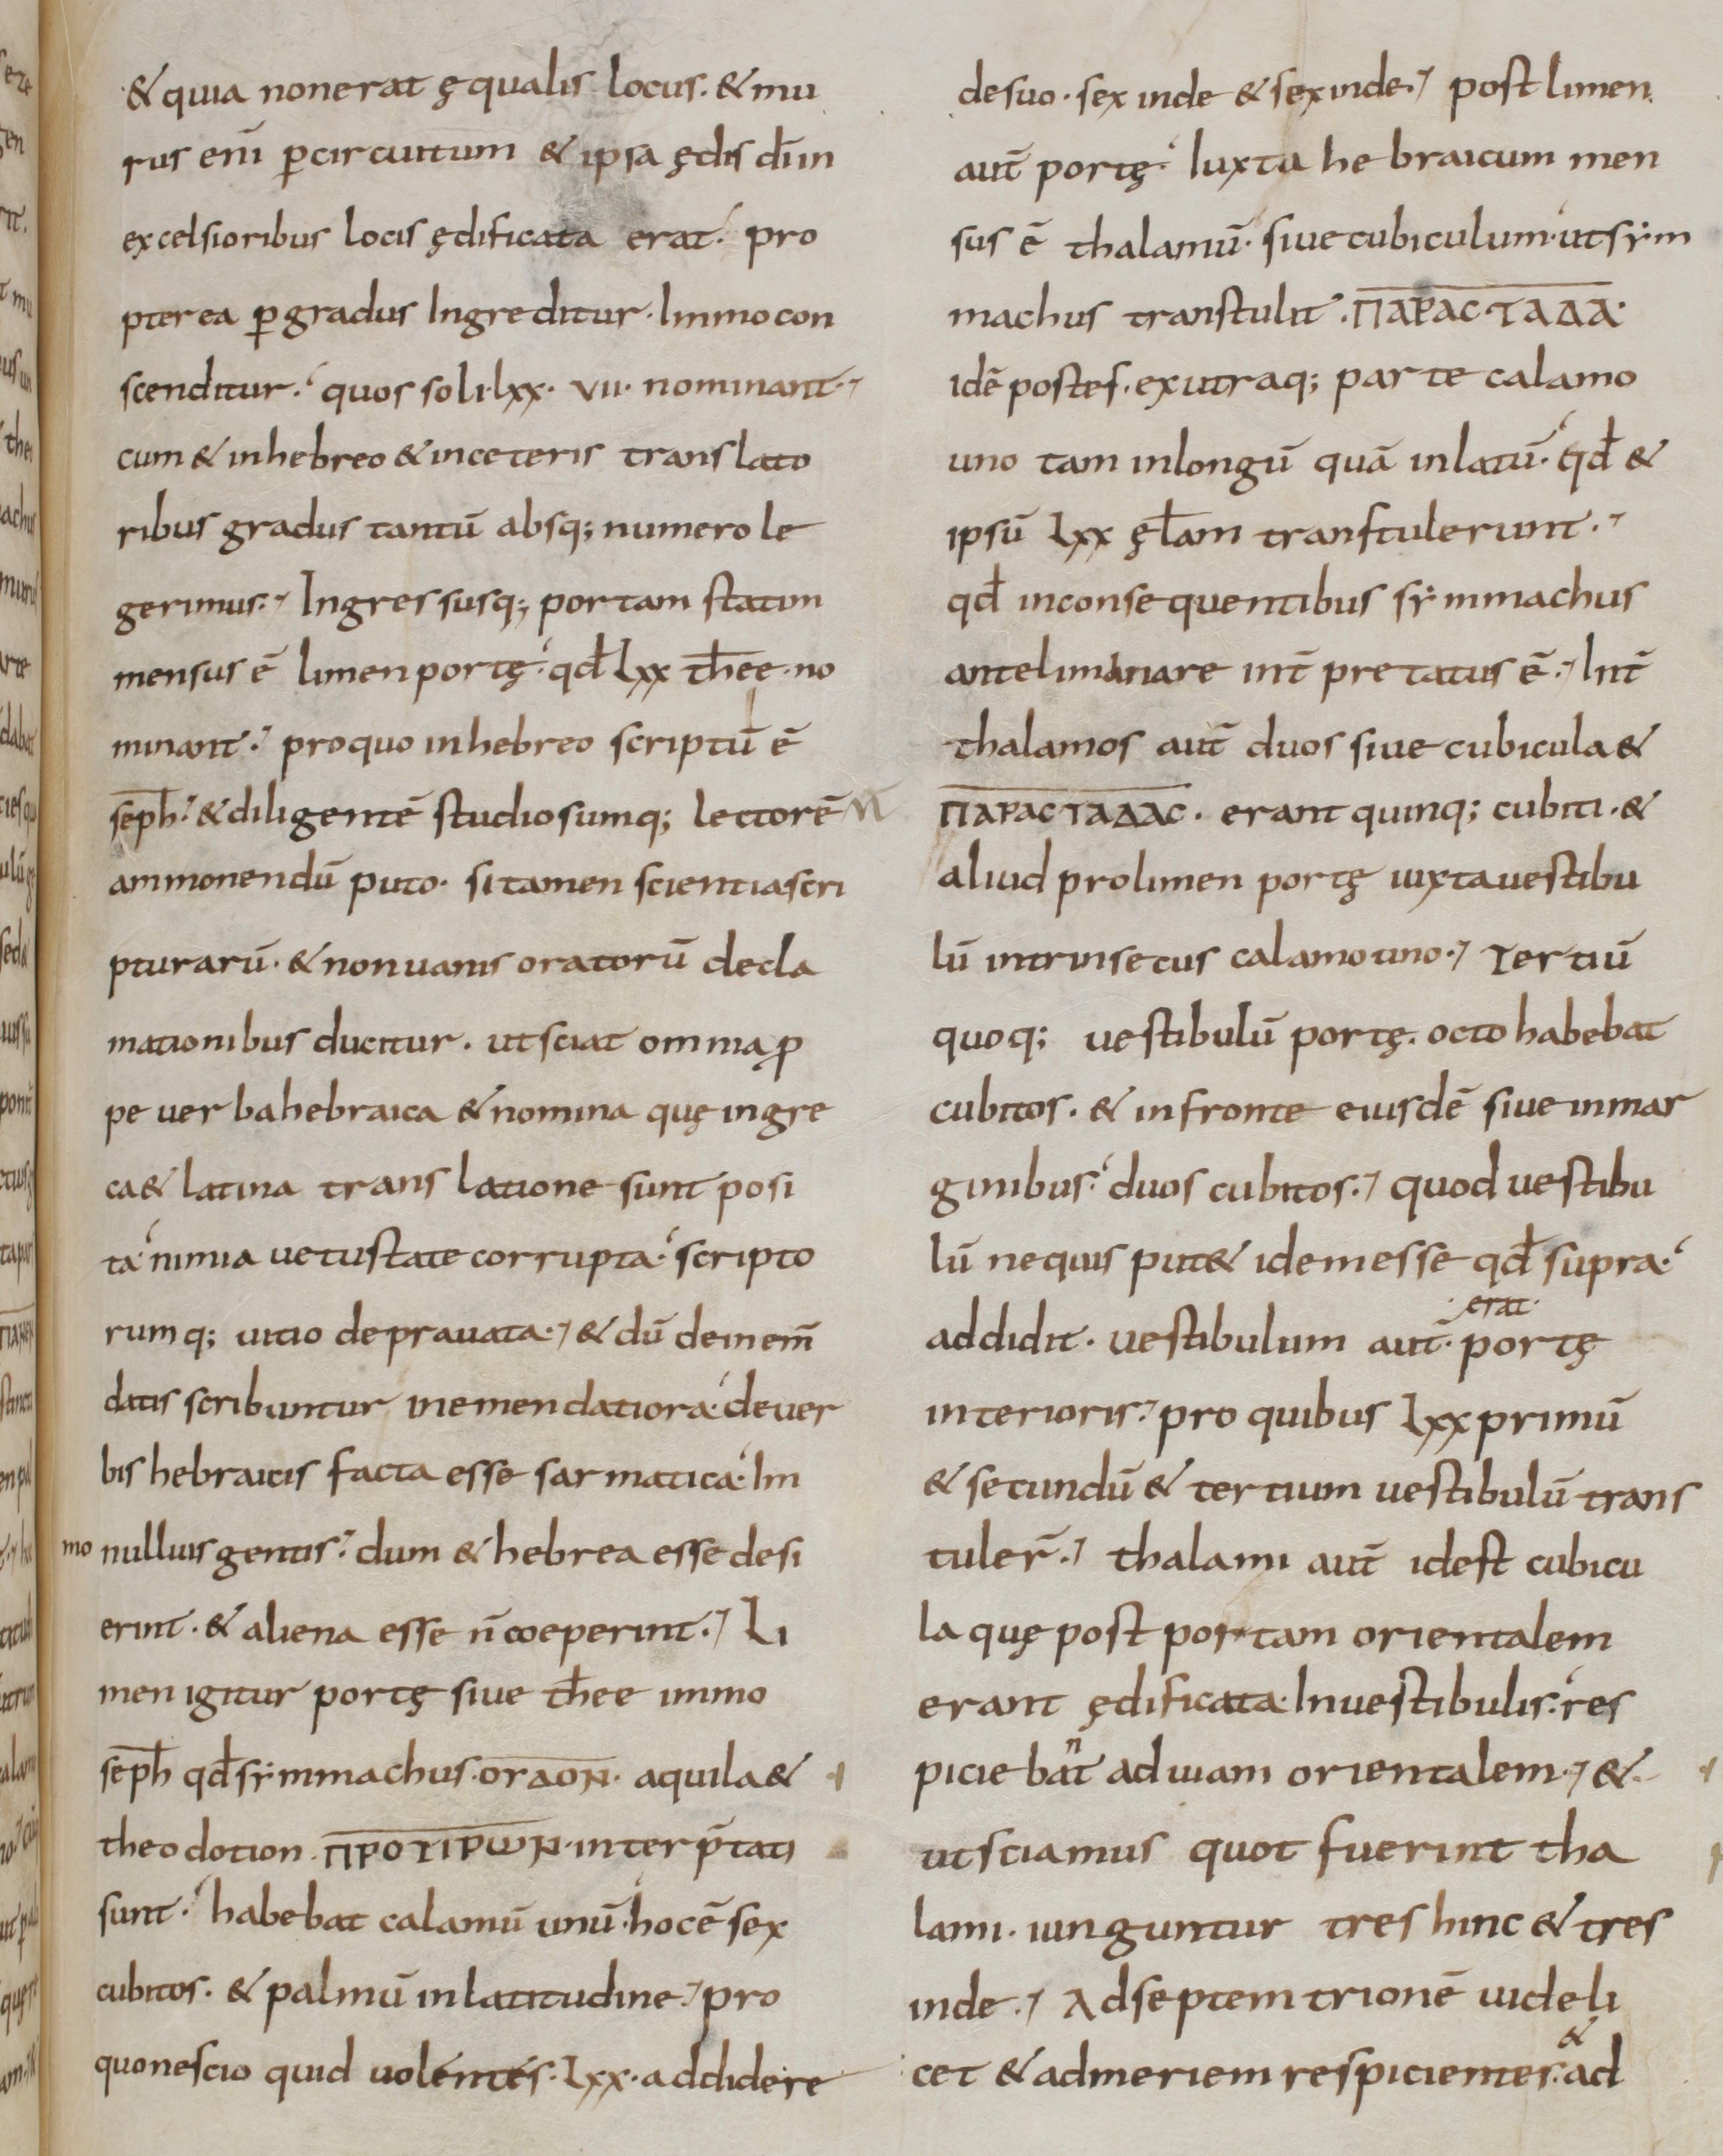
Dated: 800–899